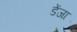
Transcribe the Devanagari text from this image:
डेंजा